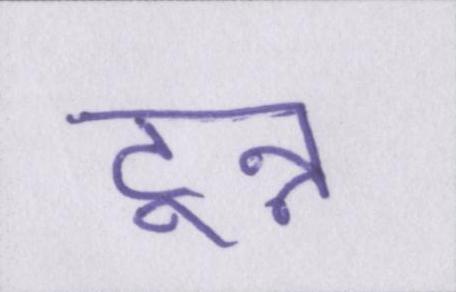
टुन्न